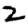
Digit: 2